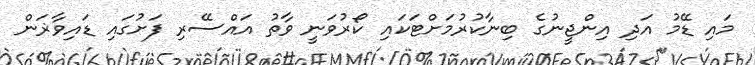
މައި ޑޭމު އަދި އިންޖީނުގެ ބިނާކުރުމަށްޓަކައި ކޯރުވަނީ ވާތު އައްސޭރި ފަށުގައި ޑައިވާޜަން